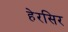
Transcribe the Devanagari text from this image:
हेरसिर